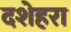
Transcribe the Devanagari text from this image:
दशेहरा